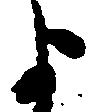
よ